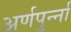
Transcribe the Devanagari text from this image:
अर्णपुर्न्ना